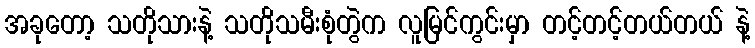
အခုတော့ သတိုသားနဲ့ သတိုသမီးစုံတွဲက လူမြင်ကွင်းမှာ တင့်တင့်တယ်တယ် နဲ့